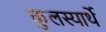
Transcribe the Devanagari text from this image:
कुलस्यार्थे